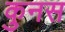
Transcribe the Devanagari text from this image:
कुनस